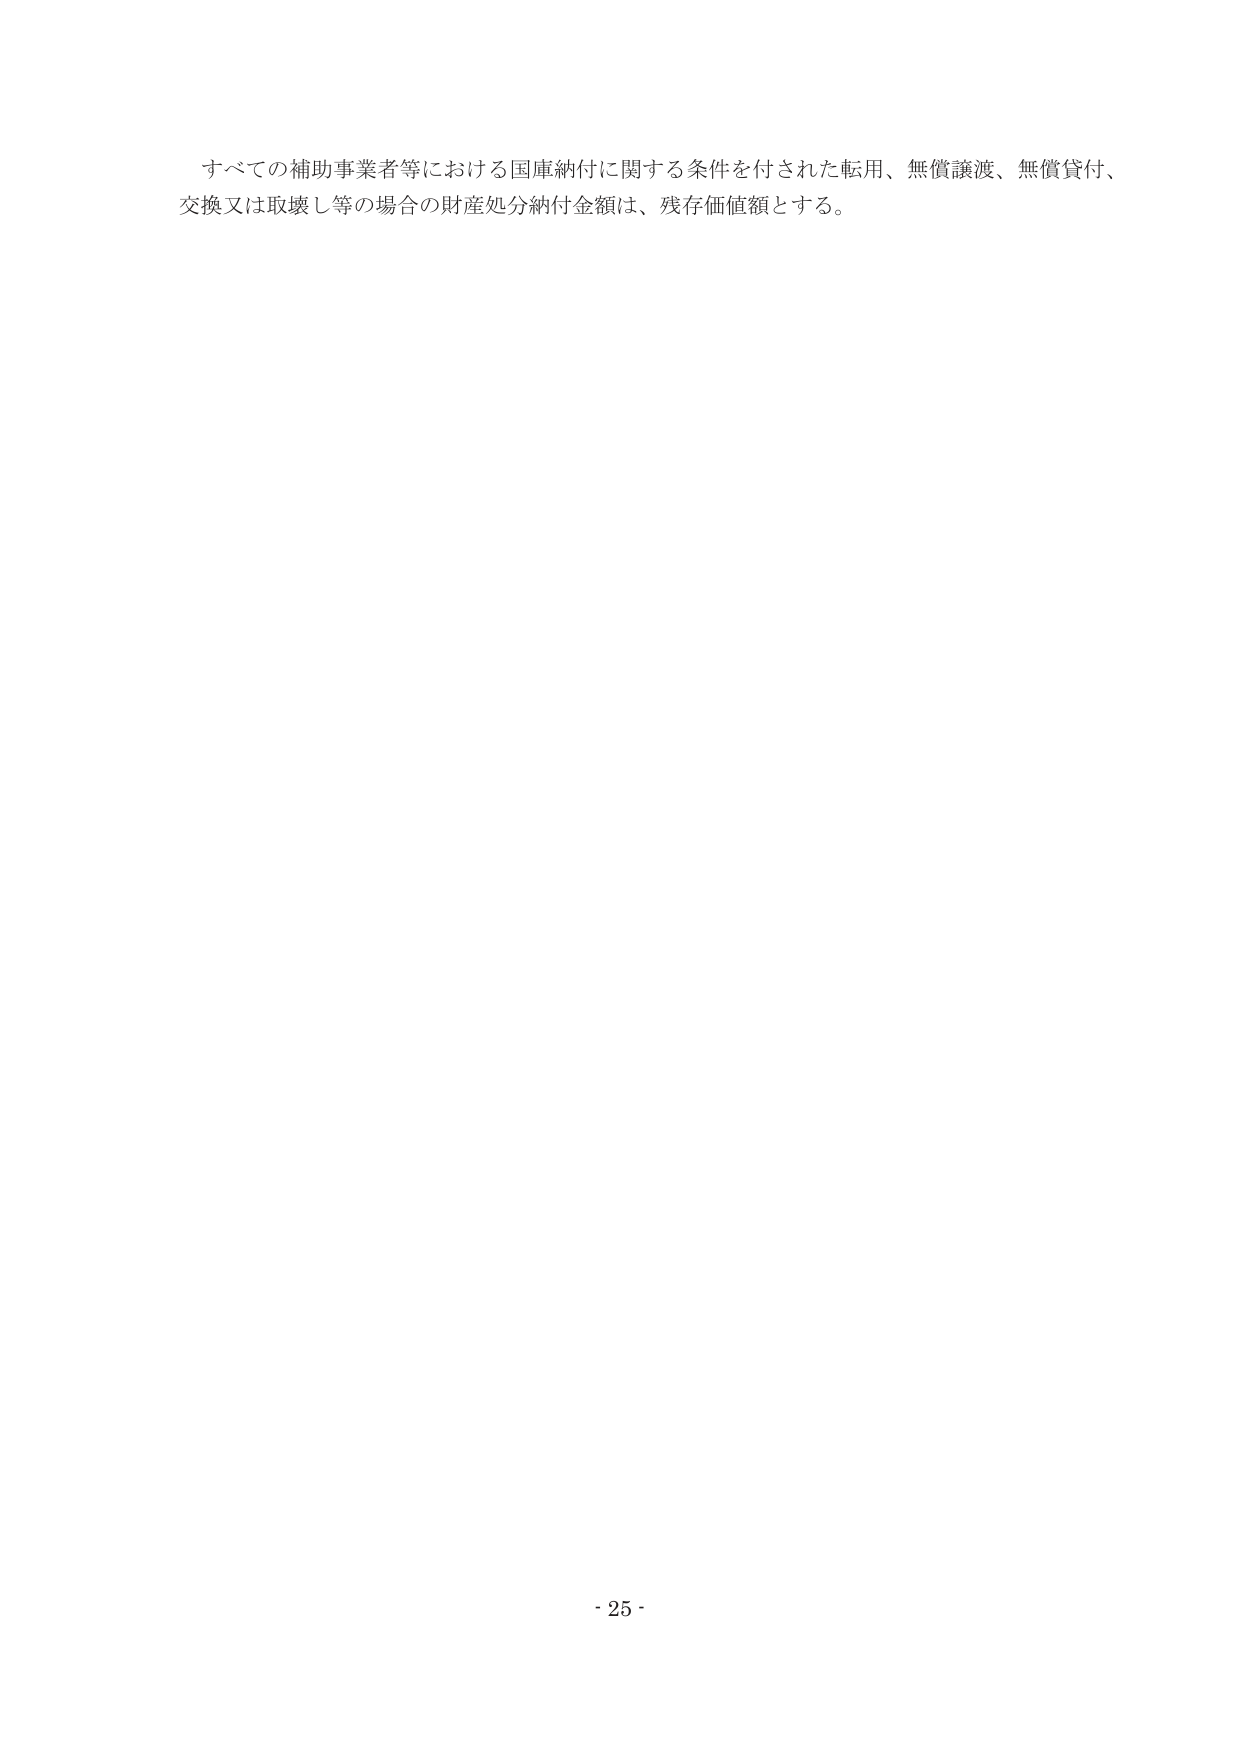
すべての補助事業者等における国庫納付に関する条件を付された転用、無償譲渡、無償貸付、
交換又は取壊し等の場合の財産処分納付金額は、残存価値額とする。

- 25 -